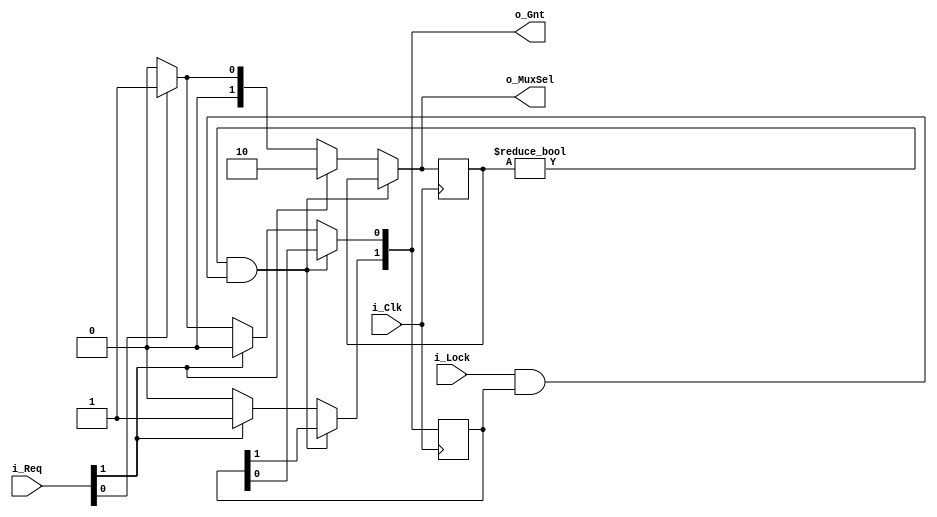
`timescale 1ns / 1ps

module SlaveArbiter#(
    parameter NUM_MASTERS = 2
    )(
    input i_Clk,

    // Arbiter inputs    
    input [NUM_MASTERS-1:0] i_Req,
    input [NUM_MASTERS-1:0] i_Lock,

    // Arbiter outputs
    output reg [NUM_MASTERS-1:0] o_Gnt,
    output reg [$clog2(NUM_MASTERS+1)-1:0] o_MuxSel
    );

    initial begin
      o_Gnt <= 0;
      o_MuxSel <= 0;  
    end
    
    reg [NUM_MASTERS-1:0] r_Old_Gnt = 0;
    reg [$clog2(NUM_MASTERS+1)-1:0] r_Old_MuxSel = 0;

    // Arbitration (MUST BE SELF IMPLEMENTED BASED ON NUMBER OF INPUTS)
    always @(*) begin
        o_MuxSel <= 0;
        o_Gnt <= 0;
        
        // Check if previously granted master wants to keep control
        if((r_Old_MuxSel != 0) && (i_Lock & r_Old_Gnt))begin
            o_MuxSel <= r_Old_MuxSel;
            o_Gnt <= r_Old_Gnt;
        end else begin
            if(i_Req[1])begin
                o_MuxSel <= 2;
                o_Gnt[1] <= 1;
            end else if(i_Req[0])begin
                o_MuxSel <= 1;
                o_Gnt[0] <= 1;
            end
        end
    end

    always @(posedge i_Clk) begin
        r_Old_MuxSel <= o_MuxSel;
        r_Old_Gnt <= o_Gnt;
    end

endmodule